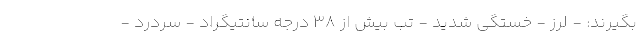
بگیرند: - لرز - خستگی شدید - تب بیش از 38 درجه سانتیگراد - سردرد -